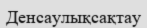
Денсаулықсақтау